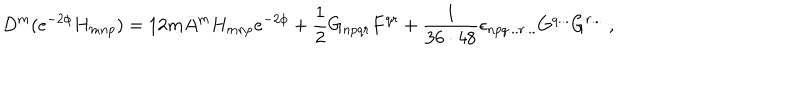
D ^ { m } ( e ^ { - 2 \phi } H _ { m n p } ) = 1 2 m A ^ { m } H _ { m n p } e ^ { - 2 \phi } + \frac { 1 } { 2 } G _ { n p q r } F ^ { q r } + { \frac { 1 } { 3 6 \cdot 4 8 } } \epsilon _ { n p q . . . r . . . } G ^ { q . . . } G ^ { r . . . } \ ,